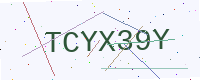
Text: TCYX39Y